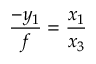
{ \frac { - y _ { 1 } } { f } } = { \frac { x _ { 1 } } { x _ { 3 } } }